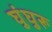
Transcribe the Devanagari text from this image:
घुंघुरू